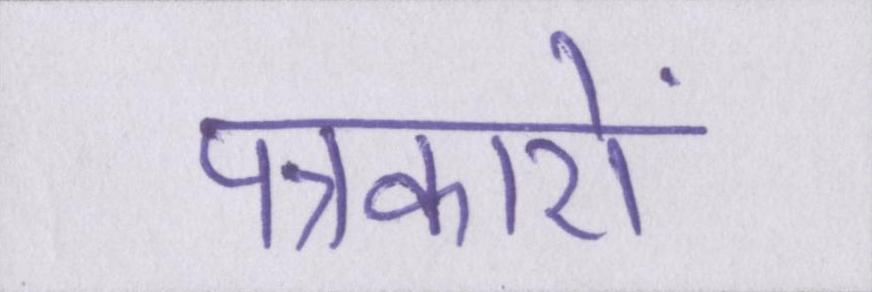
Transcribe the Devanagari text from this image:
पत्रकारों